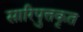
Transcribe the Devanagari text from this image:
सारिपुत्तकृत